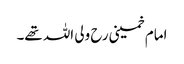
امام خمینی رح ولی اللہ تھے۔